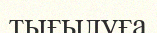
тығылуға